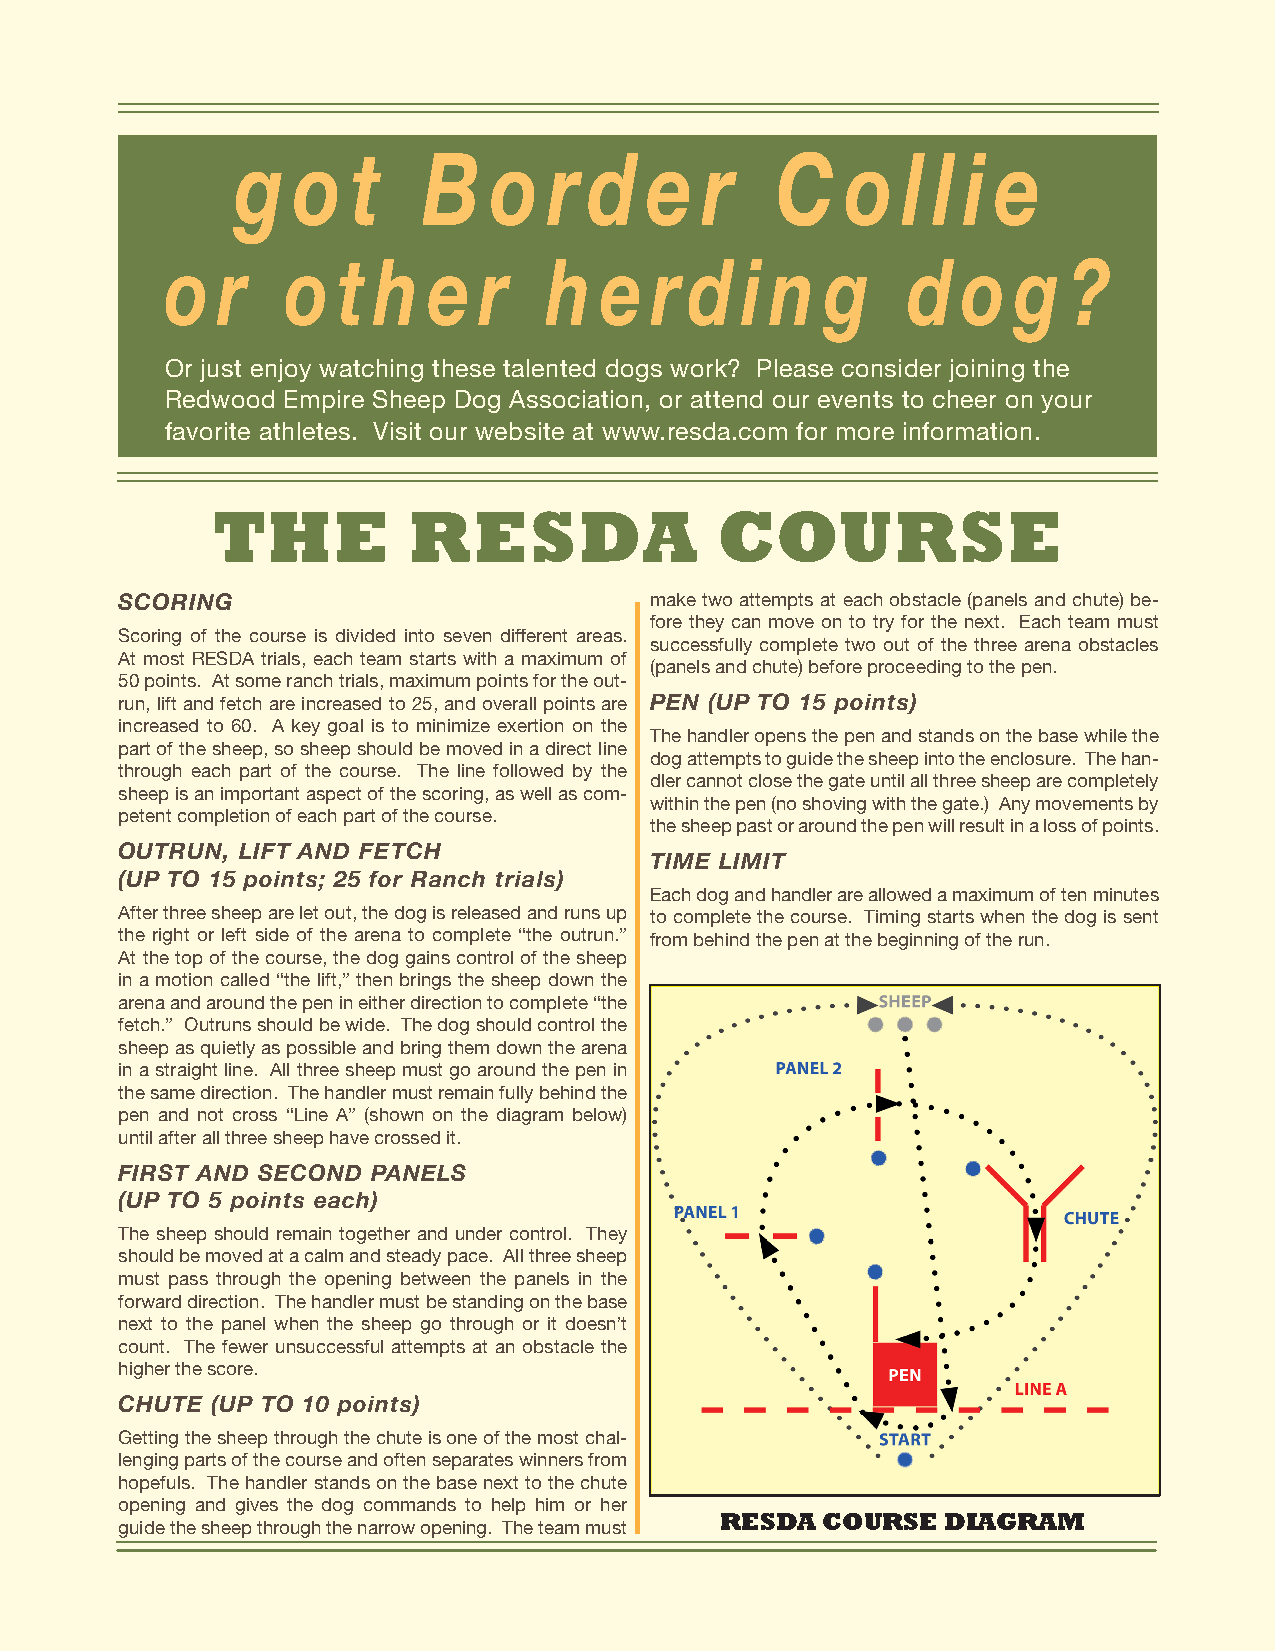
g  o   t    B   o   r  d   e  r    C    o   l l i e
 o  r    o  t  h  e   r   h   e  r  d  i n   g    d   o  g   ?
 Or just enjoy watching these talented dogs work? Please consider joining the
 Redwood Empire Sheep Dog Association, or attend our events to cheer on your
 favorite athletes. Visit our website at www.resda.com for more information.
 THE          RESDA               COURSE
 SCORING                            make two attempts at each obstacle (panels and chute) be-
 fore they can move on to try for the next. Each team must
 Scoring of the course is divided into seven different areas.
 successfully complete two out of the three arena obstacles
 At most RESDA trials, each team starts with a maximum of
 (panels and chute) before proceeding to the pen.
 50 points. At some ranch trials, maximum points for the out-
 run, lift and fetch are increased to 25, and overall points are PEN (UP TO 15 points)
 increased to 60. A key goal is to minimize exertion on the
 The handler opens the pen and stands on the base while the
 part of the sheep, so sheep should be moved in a direct line
 dog attempts to guide the sheep into the enclosure. The han-
 through each part of the course. The line followed by the
 dler cannot close the gate until all three sheep are completely
 sheep is an important aspect of the scoring, as well as com-
 within the pen (no shoving with the gate.) Any movements by
 petent completion of each part of the course.
 the sheep past or around the pen will result in a loss of points.
 OUTRUN, LIFT AND FETCH
 TIME LIMIT
 (UP TO 15 points; 25 for Ranch trials)
 Each dog and handler are allowed a maximum of ten minutes
 After three sheep are let out, the dog is released and runs up to complete the course. Timing starts when the dog is sent
 the right or left side of the arena to complete “the outrun.” from behind the pen at the beginning of the run.
 At the top of the course, the dog gains control of the sheep
 in a motion called “the lift,” then brings the sheep down the
 arena and around the pen in either direction to complete “the
 fetch.” Outruns should be wide. The dog should control the
 sheep as quietly as possible and bring them down the arena
 in a straight line. All three sheep must go around the pen in
 the same direction. The handler must remain fully behind the
 pen and not cross “Line A” (shown on the diagram below)
 until after all three sheep have crossed it.
 FIRST AND SECOND PANELS
 (UP TO 5 points each)
 The sheep should remain together and under control. They
 should be moved at a calm and steady pace. All three sheep
 must pass through the opening between the panels in the
 forward direction. The handler must be standing on the base
 next to the panel when the sheep go through or it doesn’t
 count. The fewer unsuccessful attempts at an obstacle the
 higher the score.
 CHUTE (UP TO 10 points)
 Getting the sheep through the chute is one of the most chal-
 lenging parts of the course and often separates winners from
 hopefuls. The handler stands on the base next to the chute
 opening and gives the dog commands to help him or her
 RESDA COURSE  DIAGRAM
 guide the sheep through the narrow opening. The team must